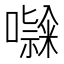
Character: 𭋹